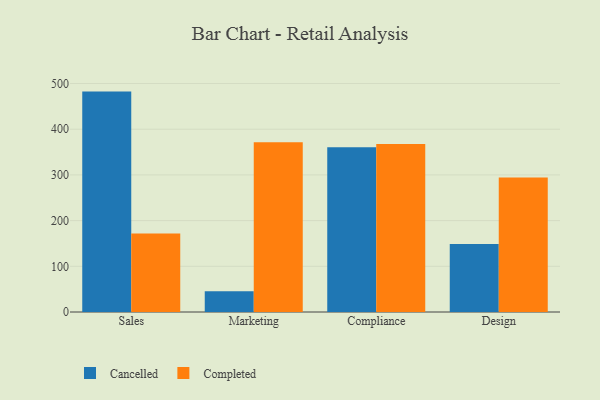
{"axis": {"x": "Department", "y": "Conversion Rate (%)"}, "legend": ["Cancelled", "Completed"], "data": [{"x": "Sales", "y": 482.3, "type": "Cancelled"}, {"x": "Sales", "y": 172.0, "type": "Completed"}, {"x": "Marketing", "y": 45.5, "type": "Cancelled"}, {"x": "Marketing", "y": 371.7, "type": "Completed"}, {"x": "Compliance", "y": 360.3, "type": "Cancelled"}, {"x": "Compliance", "y": 367.9, "type": "Completed"}, {"x": "Design", "y": 148.7, "type": "Cancelled"}, {"x": "Design", "y": 294.2, "type": "Completed"}]}